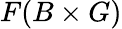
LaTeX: F(B\times G)